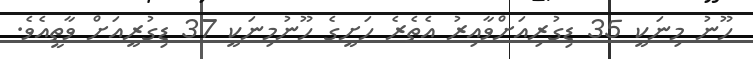
ހޫނު މިނަކީ 35 ޑިގުރިއަށްވާއިރު އެތެރެ ހަށީގެ ހޫނުމިނަކީ 37 ޑިގުރީއަށް ވާތީއެވެ.